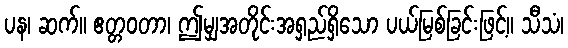
ပန၊ ဆက်။ ဧတ္တဝတာ၊ ဤမျှအတိုင်းအရှည်ရှိသော ပယ်မြစ်ခြင်းဖြင့်။ သီသံ၊